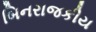
બિનરાજકીય